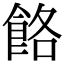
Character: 餎